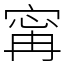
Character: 𡩋